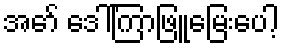
အော် ဒေါ်ကြာဖြူမြေးပေါ့